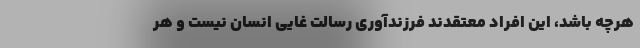
هرچه باشد، این افراد معتقدند فرزندآوری رسالت غایی انسان نیست و هر